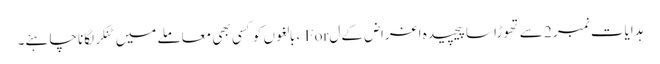
ہدایات نمبر 2 سے تھوڑا سا پیچیدہ اغراض کے ل For ، بالغوں کو کسی بھی معاملے میں ٹنکر لگانا چاہئے۔